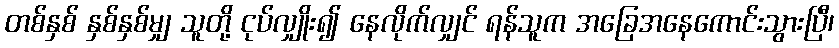
တစ်နှစ် နှစ်နှစ်မျှ သူတို့ ငုပ်လျှိုး၍ နေလိုက်လျှင် ရန်သူက အခြေအနေကောင်းသွားပြီ၊